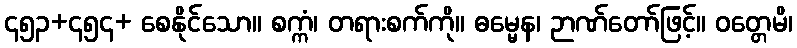
၄၅၃+၄၅၄+ စေနိုင်သော။ စက္ကံ၊ တရားစက်ကို။ ဓမ္မေန၊ ဉာဏ်တော်ဖြင့်။ ဝတ္တေမိ၊